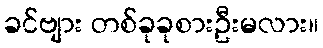
ခင်ဗျား တစ်ခုခုစားဦးမလား။